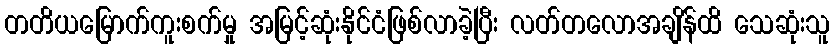
တတိယမြောက်ကူးစက်မှု အမြင့်ဆုံးနိုင်ငံဖြစ်လာခဲ့ပြီး လတ်တလောအချိန်ထိ သေဆုံးသူ